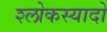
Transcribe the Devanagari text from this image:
श्लोकस्यादो